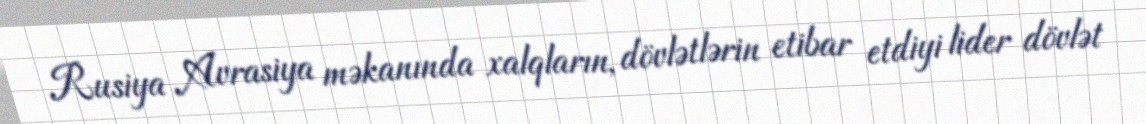
Rusiya Avrasiya məkanında xalqların, dövlətlərin etibar etdiyi lider dövlət